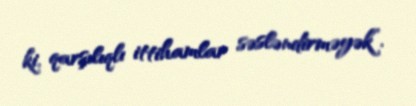
ki, qarşılıqlı ittihamlar səsləndirməyək”.